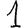
Digit: 1